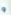
و